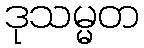
ဒုသမ္မတ